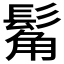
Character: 𩭛